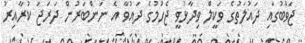
ޖަވާބުގައި ދައުލަތުގެ ވަކީލް ވިދާޅުވީ ޖެހުމުގެ ދައުވާ އެ ނަންބަރުން ދަރަޖަ ކުރާއިރު